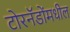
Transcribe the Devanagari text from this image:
टोरनॅडोंमधील